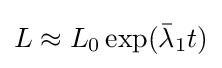
L\approx L_{0}\exp({\bar {\lambda }}_{1}t)